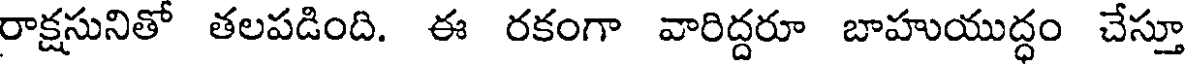
రాక్షసునితో తలపడింది. ఈ రకంగా వారిద్దరూ బాహుయుద్ధం చేస్తూ